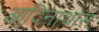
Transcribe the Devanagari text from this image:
आदिनाथास